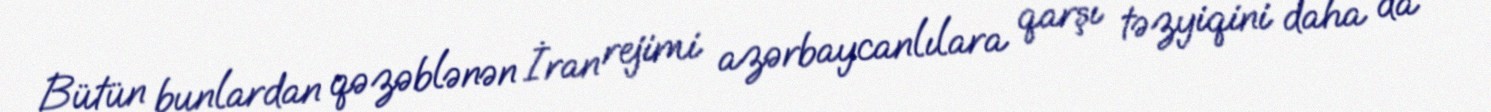
Bütün bunlardan qəzəblənən İran rejimi azərbaycanlılara qarşı təzyiqini daha da